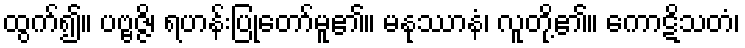
ထွက်၍။ ပဗ္ဗဇ္ဇိ၊ ရဟန်းပြုတော်မူ၏။ မနုဿာနံ၊ လူတို့၏။ ကောဋိသတံ၊